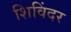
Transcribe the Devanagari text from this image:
शिविंदर